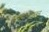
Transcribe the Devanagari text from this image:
ध्रुवताऱ्यावरून